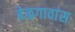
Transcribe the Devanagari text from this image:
बेळगावांस